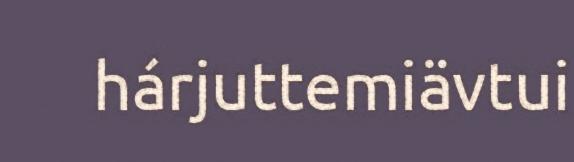
hárjuttemiävtui